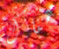
هناك